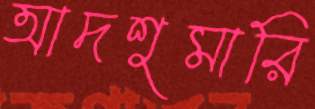
আদশুমারি